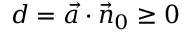
d = { \vec { a } } \cdot { \vec { n } } _ { 0 } \geq 0